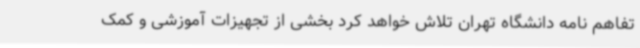
تفاهم نامه دانشگاه تهران تلاش خواهد کرد بخشی از تجهیزات آموزشی و کمک